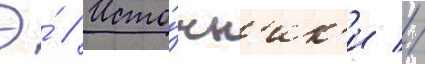
Э́ // Исто́чн'ик'и //